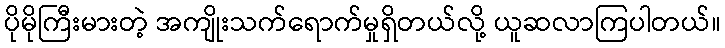
ပိုမိုကြီးမားတဲ့ အကျိုးသက်ရောက်မှုရှိတယ်လို့ ယူဆလာကြပါတယ်။